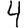
Digit: 4